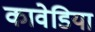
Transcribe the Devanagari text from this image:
कावेडिया